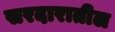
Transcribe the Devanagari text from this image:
सरदारातील